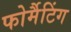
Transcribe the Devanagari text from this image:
फोर्मैटिंग